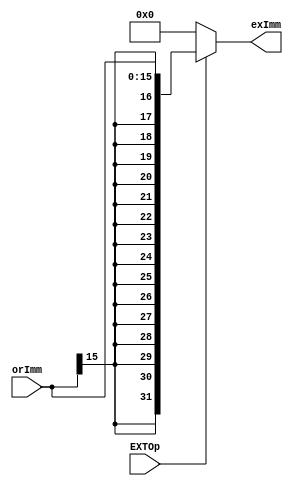
module Extend(orImm, EXTOp, exImm);
       input [15:0] orImm;
       input EXTOp;
       output[31:0] exImm;
	
	assign exImm = (EXTOp == 1'b1)? {{16{orImm[15]}},orImm[15:0]}: 32'd0;
endmodule